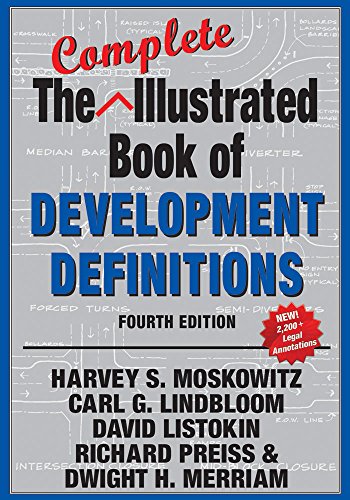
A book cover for The Complete Illustrated Book of Development Definitions; Harvey S. Moskowitz; Law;